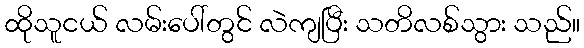
ထိုသူငယ် လမ်းပေါ်တွင် လဲကျပြီး သတိလစ်သွား သည်။